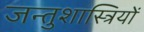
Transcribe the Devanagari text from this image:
जन्तुशास्त्रियों